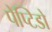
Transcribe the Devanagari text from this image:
पेप्टिडो